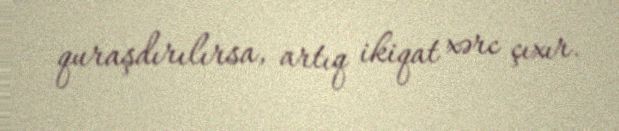
quraşdırılırsa, artıq ikiqat xərc çıxır.